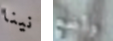
نينا وأضع